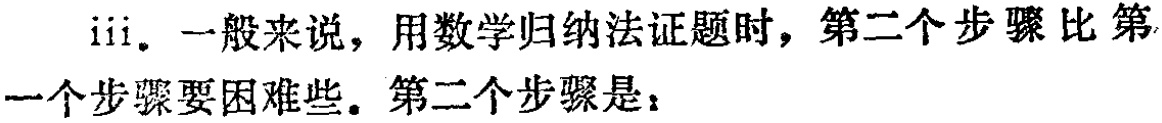
iii. 一般来说，用数学归纳法证题时，第二个步骤比第一个步骤要困难些。第二个步骤是：